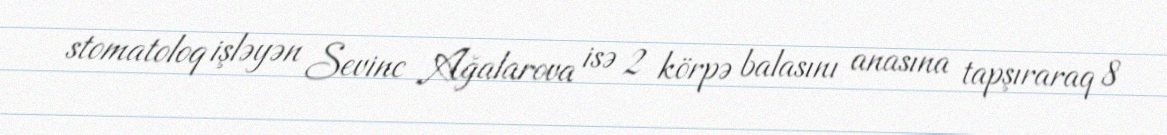
stomatoloq işləyən Sevinc Ağalarova isə 2 körpə balasını anasına tapşıraraq 8